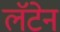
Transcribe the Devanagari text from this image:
लॅटेन